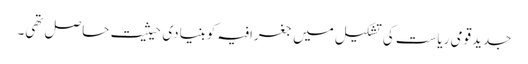
جدیدقومی ریاست کی تشکیل میں جغرافیہ کوبنیادی حیثیت حاصل تھی۔